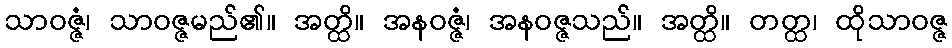
သာဝဇ္ဇံ၊ သာဝဇ္ဇမည်၏။ အတ္ထိ။ အနဝဇ္ဇံ၊ အနဝဇ္ဇသည်။ အတ္ထိ။ တတ္ထ၊ ထိုသာဝဇ္ဇ